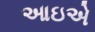
આઇએ